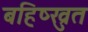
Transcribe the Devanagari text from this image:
बहिष्ख्रुत